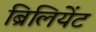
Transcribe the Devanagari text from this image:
ब्रिलियेंट